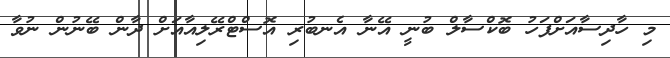
މި ހާދިސާއަށްފަހު ބޮކްސާލް ބުނީ އޭނާ އެނބުރި އޮސްޓްރޭލިއާއަށް ދާން ބޭނުން ނުވާ